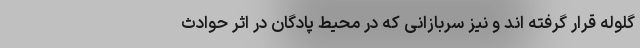
گلوله قرار گرفته اند و نیز سربازانی که در محیط پادگان در اثر حوادث